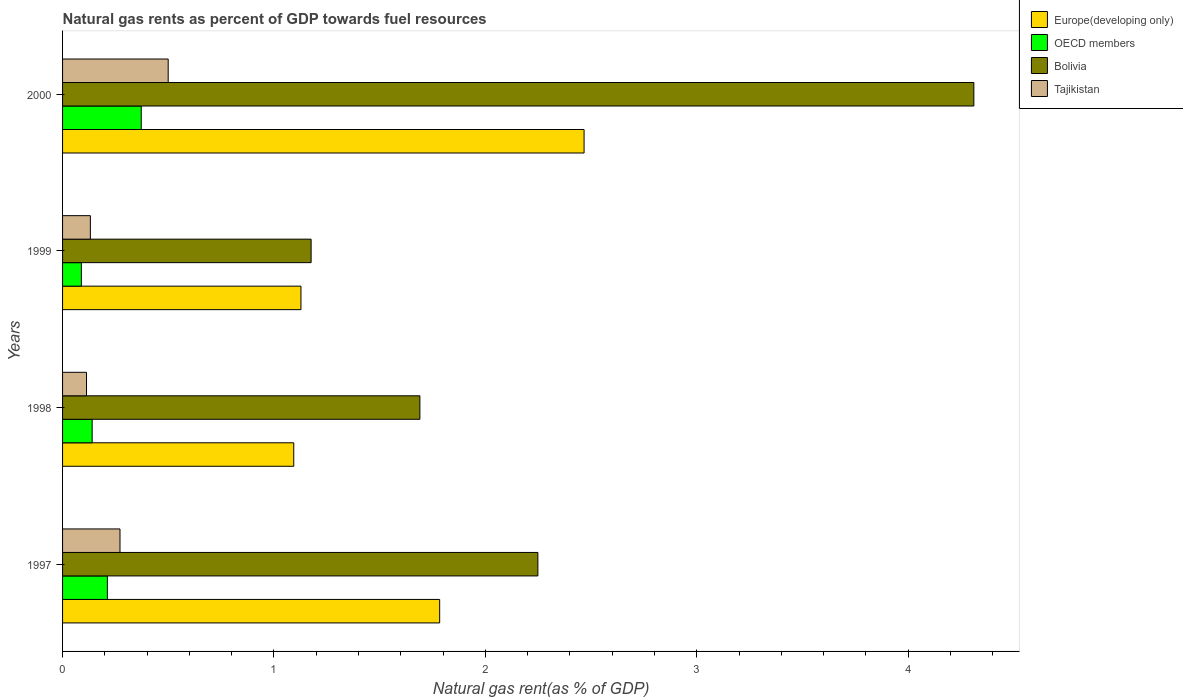
| Years | Europe(developing only) | OECD members | Bolivia | Tajikistan |
 | --- | --- | --- | --- | --- |
 | 1997 | 1.78 | 0.212 | 2.25 | 0.272 |
 | 1998 | 1.09 | 0.14 | 1.69 | 0.113 |
 | 1999 | 1.13 | 0.0889 | 1.18 | 0.131 |
 | 2000 | 2.47 | 0.372 | 4.31 | 0.5 |